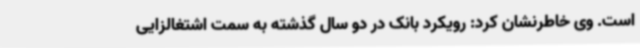
است. وی خاطرنشان کرد: رویکرد بانک در دو سال گذشته به سمت اشتغالزایی